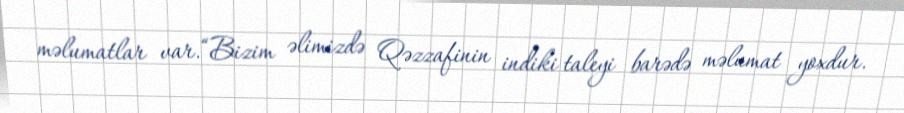
məlumatlar var.“Bizim əlimizdə Qəzzafinin indiki taleyi barədə məlumat yoxdur.